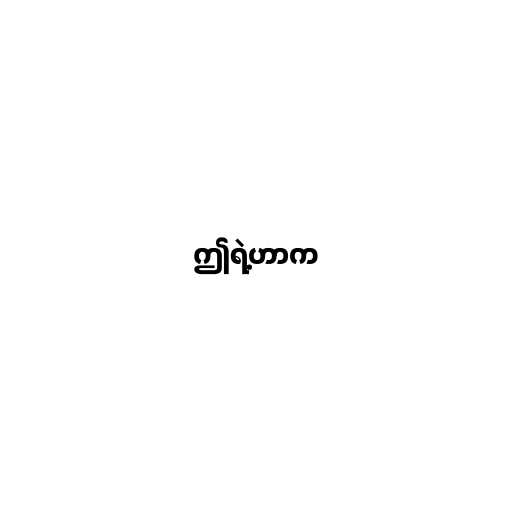
ဤရဲ့ဟာက